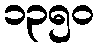
၁၃၅၀